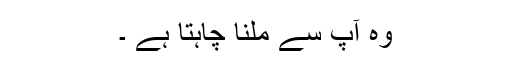
وہ آپ سے ملنا چاہتا ہے ۔